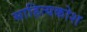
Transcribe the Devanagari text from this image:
साहित्यकोश